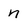
Character: n